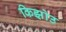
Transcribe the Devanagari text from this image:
किझोउ